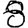
Digit: 8